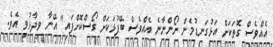
އެއްވެސް ގޮތަކަށް އަޅުގަނޑުމެން ނޯންނާނެ އެއްވެސް ބޭފުޅަކަށް ގޯސްކޮށްފައި" އޭނާ ވިދާޅުވި އެވެ.